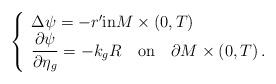
LaTeX: \begin{align*}\left\{\begin{array}{l}\Delta \psi =- r' \mbox{in} M\times\left(0,T\right)\\\displaystyle\frac{\partial \psi}{\partial \eta_g}=-k_gR \quad\mbox{on} \quad\partial M\times \left(0,T\right).\end{array}\right.\end{align*}